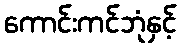
ကောင်းကင်ဘုံနှင့်